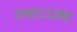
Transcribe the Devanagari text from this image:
तथाऽऽत्मा